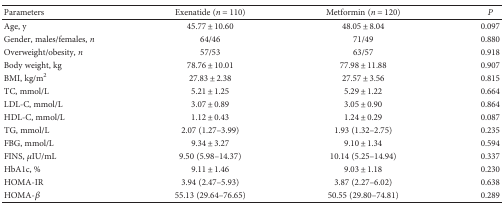
<table><thead><tr><td><b>Parameters</b></td><td><b>Exenatide (<i>n</i> = 110)</b></td><td><b>Metformin (<i>n</i> = 120)</b></td><td><b><i>P</i></b></td></tr></thead><tbody><tr><td>Age, y</td><td>45.77 ± 10.60</td><td>48.05 ± 8.04</td><td>0.097</td></tr><tr><td>Gender, males/females, <i>n</i></td><td>64/46</td><td>71/49</td><td>0.880</td></tr><tr><td>Overweight/obesity, <i>n</i></td><td>57/53</td><td>63/57</td><td>0.918</td></tr><tr><td>Body weight, kg</td><td>78.76 ± 10.01</td><td>77.98 ± 11.88</td><td>0.907</td></tr><tr><td>BMI, kg/m<sup>2</sup></td><td>27.83 ± 2.38</td><td>27.57 ± 3.56</td><td>0.815</td></tr><tr><td>TC, mmol/L</td><td>5.21 ± 1.25</td><td>5.29 ± 1.22</td><td>0.664</td></tr><tr><td>LDL-C, mmol/L</td><td>3.07 ± 0.89</td><td>3.05 ± 0.90</td><td>0.864</td></tr><tr><td>HDL-C, mmol/L</td><td>1.12 ± 0.43</td><td>1.24 ± 0.29</td><td>0.087</td></tr><tr><td>TG, mmol/L</td><td>2.07 (1.27–3.99)</td><td>1.93 (1.32–2.75)</td><td>0.235</td></tr><tr><td>FBG, mmol/L</td><td>9.34 ± 3.27</td><td>9.10 ± 1.34</td><td>0.594</td></tr><tr><td>FINS, <i>μ</i>IU/mL</td><td>9.50 (5.98–14.37)</td><td>10.14 (5.25–14.94)</td><td>0.337</td></tr><tr><td>HbA1c, %</td><td>9.11 ± 1.46</td><td>9.03 ± 1.18</td><td>0.230</td></tr><tr><td>HOMA-IR</td><td>3.94 (2.47–5.93)</td><td>3.87 (2.27–6.02)</td><td>0.638</td></tr><tr><td>HOMA-<i>β</i></td><td>55.13 (29.64–76.65)</td><td>50.55 (29.80–74.81)</td><td>0.289</td></tr></tbody></table>